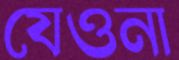
যেওনা